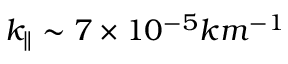
k _ { \parallel } \sim 7 \times 1 0 ^ { - 5 } k m ^ { - 1 }